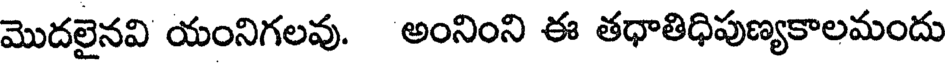
మొదలైనవి యంనిగలవు. అంనింని ఈ తధాతిధిపుణ్యకాలమందు